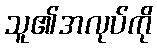
သူ၏အလုပ်ကို